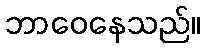
ဘာဝေနေသည်။